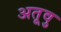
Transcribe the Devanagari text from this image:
अतूवु